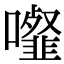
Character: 𩐉